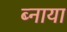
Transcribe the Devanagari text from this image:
ब्नाया